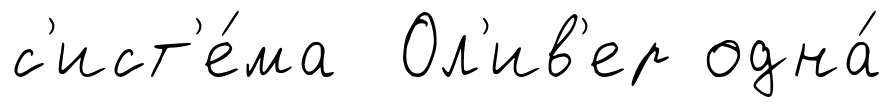
с'ист'е́ма Ол'ив'ер одна́